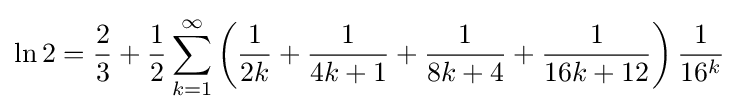
\ln 2={\frac {2}{3}}+{\frac {1}{2}}\sum _{k=1}^{\infty }\left({\frac {1}{2k}}+{\frac {1}{4k+1}}+{\frac {1}{8k+4}}+{\frac {1}{16k+12}}\right){\frac {1}{16^{k}}}